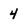
Character: 4